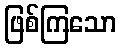
ဖြစ်ကြသော